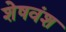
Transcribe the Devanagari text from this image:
शेषवंश